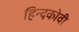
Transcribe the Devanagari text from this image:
हिन्दकोवी